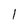
Character: 1